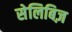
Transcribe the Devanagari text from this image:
सेलिबिज़